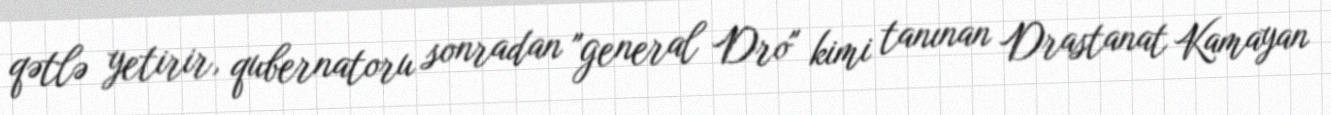
qətlə yetirir, qubernatoru sonradan "general Dro" kimi tanınan Drastanat Kamayan